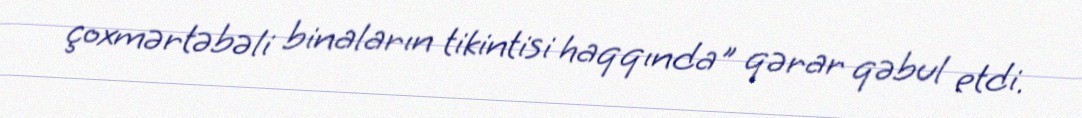
çoxmərtəbəli binaların tikintisi haqqında" qərar qəbul etdi.